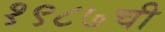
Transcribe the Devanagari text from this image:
१९८७ची